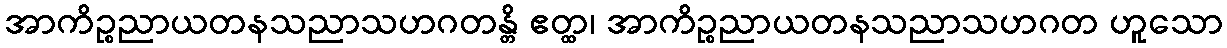
အာကိဉ္စညာယတနသညာသဟဂတန္တိ ဧတ္ထ၊ အာကိဉ္စညာယတနသညာသဟဂတ ဟူသော